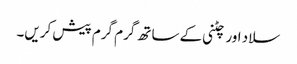
سلاد اور چٹنی کے ساتھ گرم گرم پیش کریں۔